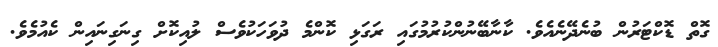
ގޮތް ޑޮކްޓަރުން ބުނެދޭނެއެވެ. ކާނާބޭނުންކުރުމުގައި ރަގަޅި ކޮންމެ ދުވަހަކުވެސް ލުއިކޮށް ގިނަގިނައިން ކެއުމެވެ.